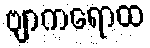
ဗျာကရောထ